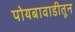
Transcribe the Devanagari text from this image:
पोयबावाडीतून